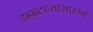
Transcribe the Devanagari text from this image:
झपाटल्यासारखा